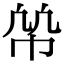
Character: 𢂨